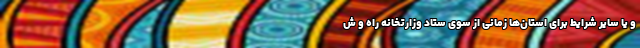
و یا سایر شرایط برای استان‌ها زمانی از سوی ستاد وزارتخانه راه و ش